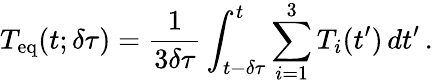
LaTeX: T_{\mathrm{eq}}(t;\delta\tau)=\frac{1}{3\delta\tau}\int_{t-\delta\tau}^{t}\sum_{i=1}^{3}T_{i}(t^{\prime})\, dt^{\prime}\, .